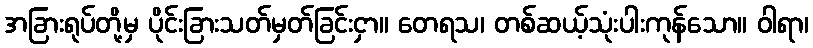
အခြားရုပ်တို့မှ ပိုင်းခြားသတ်မှတ်ခြင်းငှာ။ တေရသ၊ တစ်ဆယ့်သုံးပါးကုန်သော။ ဝါရာ၊